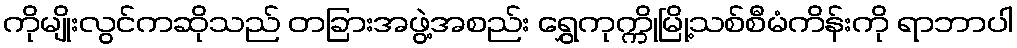
ကိုမျိုးလွင်ကဆိုသည် တခြားအဖွဲ့အစည်း ရွှေကုက္ကိုမြို့သစ်စီမံကိန်းကို ရာဘာပါ